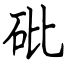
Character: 砒